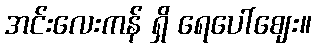
အင်းလေးကန် ရှိ ရေပေါ်ဈေး။